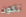
تكون